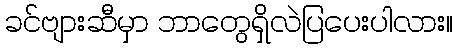
ခင်ဗျားဆီမှာ ဘာတွေရှိလဲပြပေးပါလား။